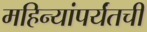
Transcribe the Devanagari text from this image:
महिन्यांपर्यंतची